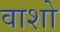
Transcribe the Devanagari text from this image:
वाशो